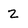
Character: 2